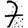
Digit: 7